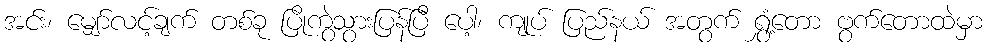
အင်း၊ မျှော်လင့်ချက် တစ်ခု ပြိုကွဲသွားပြန်ပြီ ပေါ့၊ ကျုပ် ပြည်နယ် အတွက် ရွှံ့တော ဗွက်တောထဲမှာ